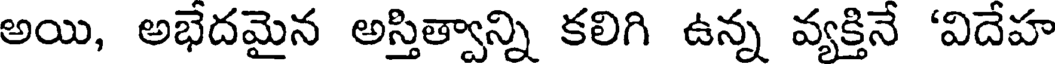
అయి, అభేదమైన అస్తిత్వాన్ని కలిగి ఉన్న వ్యక్తినే 'విదేహ